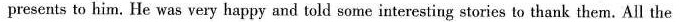
presents to him. He was very happy and told some interesting stories to thank them. All the